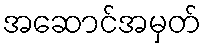
အဆောင်အမှတ်